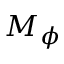
M _ { \phi }